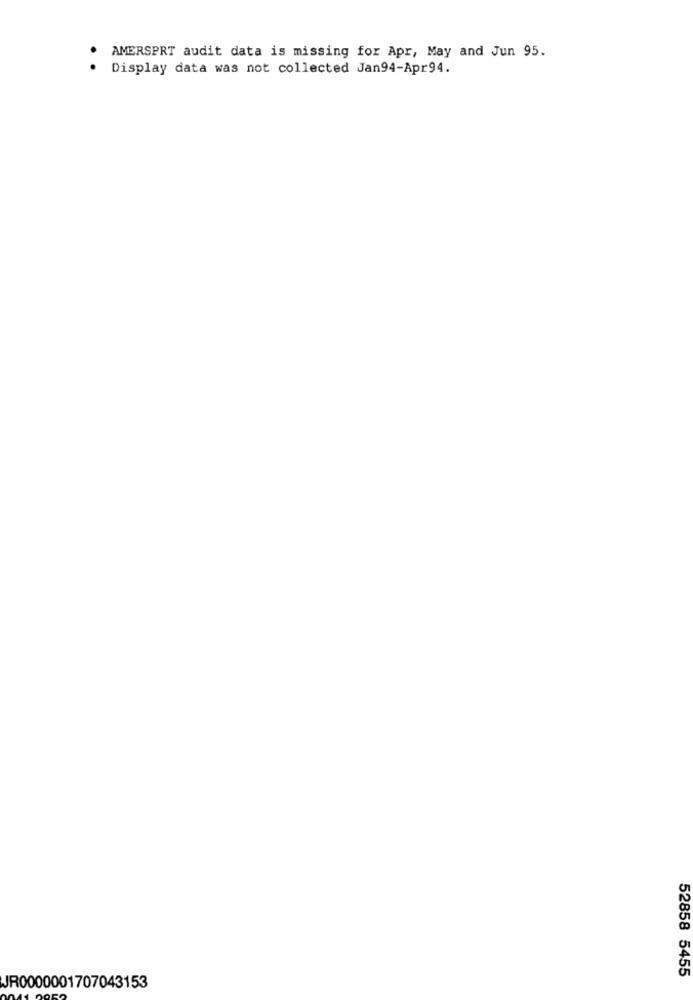
AMERSPRT audit data is missing for Apr, May and Jun 95.
Display data was not collected Jan94-Apr94.
52858 5455
JR0000001707043153